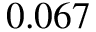
0 . 0 6 7